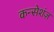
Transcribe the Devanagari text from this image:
कन्सेशंज़